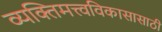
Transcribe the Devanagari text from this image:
व्यक्तिमत्त्वविकासासाठी